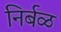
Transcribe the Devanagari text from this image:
निर्बळ